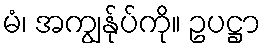
မံ၊ အကျွန်ုပ်ကို။ ဥပဋ္ဌာ